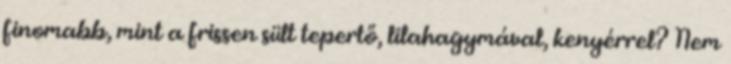
finomabb, mint a frissen sült tepertő, lilahagymával, kenyérrel? Nem